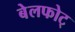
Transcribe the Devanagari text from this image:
बेलफोट्